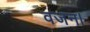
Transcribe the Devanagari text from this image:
वजन।